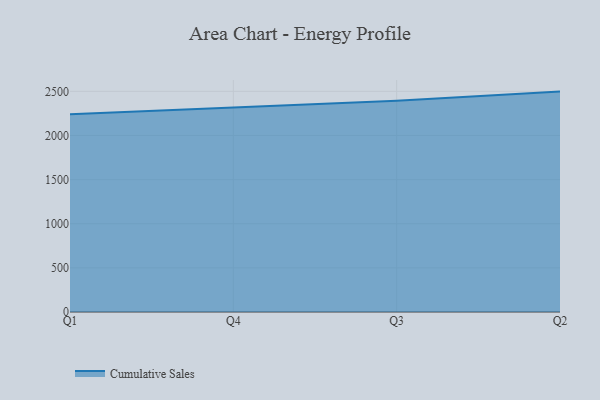
{"axis": {"x": "Quarter", "y": "Headcount"}, "legend": ["Cumulative Sales"], "data": [{"x": "Q1", "y": 2241.3, "type": "Cumulative Sales"}, {"x": "Q4", "y": 2317.2, "type": "Cumulative Sales"}, {"x": "Q3", "y": 2392.8, "type": "Cumulative Sales"}, {"x": "Q2", "y": 2497.1, "type": "Cumulative Sales"}]}